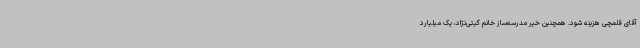
آقای قلمچی هزینه شود. همچنین خیر مدرسه‌ساز خانم گیتی‌نژاد، یک میلیارد